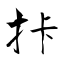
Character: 拤